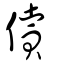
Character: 儥